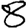
Digit: 8